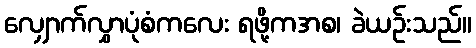
လျှောက်လွှာပုံစံကလေး ရဖို့ကအစ၊ ခဲယဉ်းသည်။